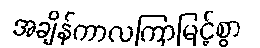
အချိန်ကာလကြာမြင့်စွာ